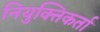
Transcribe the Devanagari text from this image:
नियुक्तिकर्ता